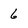
Character: 6